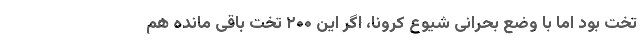
تخت بود اما با وضع بحرانی شیوع کرونا، اگر این ۲۰۰ تخت باقی مانده هم